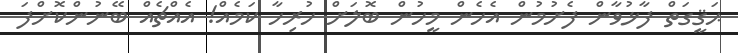
ޙަޤީގަތް ފާޅުވާން ފެށުމުން އެހެން މީހުން ބޮލަށް ހުރިހާ ކަމެއް! އެއްޗެއް ބޭނުންކޮށްފަ